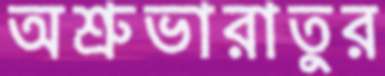
অশ্রুভারাতুর